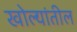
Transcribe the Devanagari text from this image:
खोल्यांतील